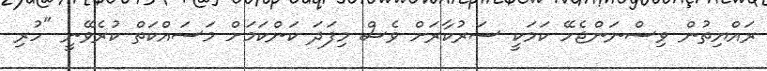
ރައްޔިތުން ވިސްނަންޖެހޭ ކަމަކީ ސަރުކާރަށް ވެސް މިފަދަ ކަންކަމަށް މަސައްކަތް ކުރެވޭނީ "ހުރި